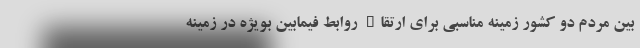
بین مردم دو کشور زمینه مناسبی برای ارتقاء روابط فیمابین بویژه در زمینه